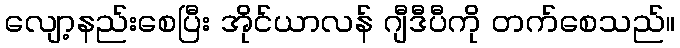
လျော့နည်းစေပြီး အိုင်ယာလန် ဂျီဒီပီကို တက်စေသည်။